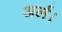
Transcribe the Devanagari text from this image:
अर्ल।